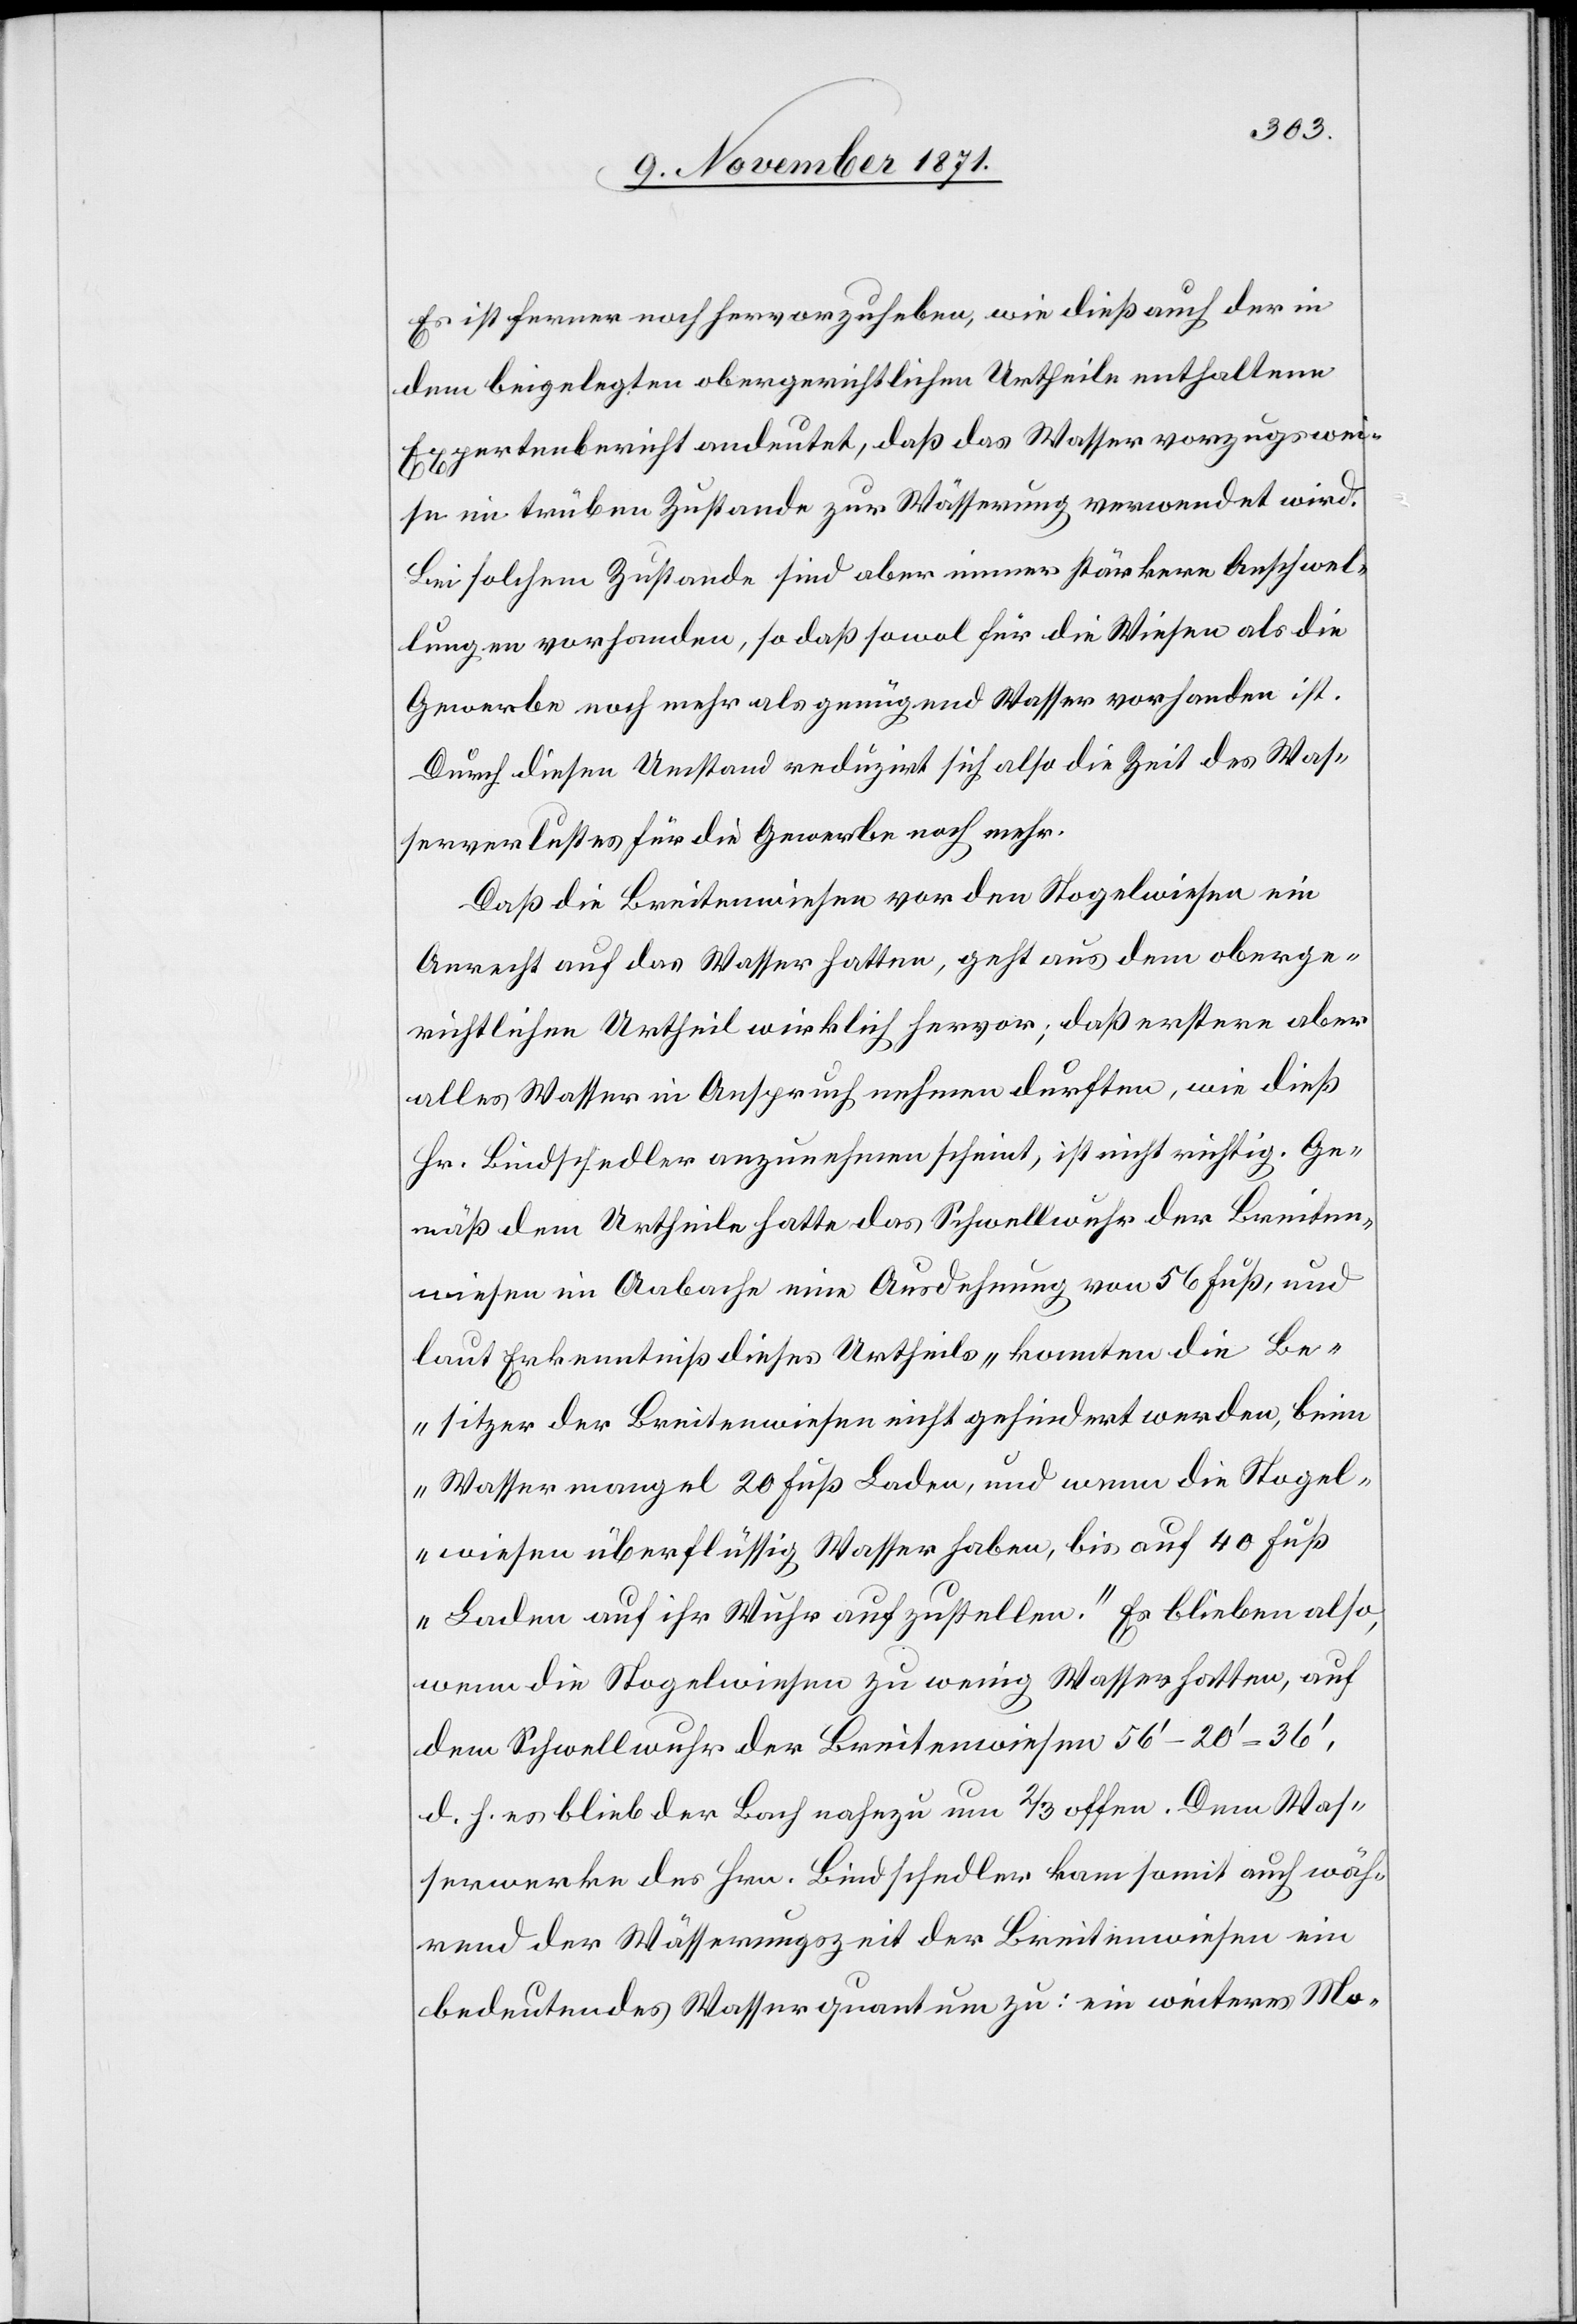
Es ist ferner noch hervorzuheben, wie dieß auch der in
dem beigelegten obergerichtlichen Urtheile enthaltene
Expertenbericht andeutet, daß das Wasser vorzugswei¬
se im trüben Zustande zur Wässerung verwendet wird.
Bei solchem Zustande sind aber immer stärkere Anschwel¬
lungen vorhanden, so daß sowol für die Wiesen als die
Gewerbe noch mehr als genügend Wasser vorhanden ist.
Durch diesen Umstand reduzirt sich also die Zeit das Was¬
serverlustes für die Gewerbe noch mehr.
Daß die Breitenwiesen von den Stogelwiesen ein
Anrecht auf das Wasser hatten, geht aus dem oberge¬
richtlichen Urtheil wirklich hervor, daß erstere aber
alles Wasser in Anspruch nehmen durften, wie dieß
Hr. Bindschedler anzunehmen scheint, ist nicht richtig. Ge¬
mäß dem Urtheile hatte das Schwellenwuhr der Breiten¬
wiesen im Aabache eine Ausdehnung von 56 Fuß, und
laut Erkenntniß dieses Urtheils „konnten die Be¬
sitzer der Breitenwiesen nicht gehindert werden, beim
Wassermangel 20 Fuß Laden, und wenn die Stogel¬
wiesen überflüssig Wasser haben, bis auf 40 Fuß
Laden auf ihr Wuhr aufzustellen.“ Es blieben also,
wenn die Stogelwiesen zu wenig Wasser hatten, auf
dem Schwellwuhr der Breitenwiesen 56’–20’–36’,
d. h. es blieb der Bach nahezu um 2/3 offen. Dem Was¬
serwerke des Hrn. Bindschedler kam somit auch wäh¬
rend der Wässerungszeit der Breitenwiesen ein
bedeutendes Wasserquantum zu: ein weiteres Mo-